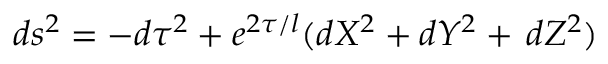
d s ^ { 2 } = - d \tau ^ { 2 } + e ^ { 2 \tau / l } ( d X ^ { 2 } + d Y ^ { 2 } + \, d Z ^ { 2 } )